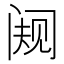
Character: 𬮭